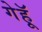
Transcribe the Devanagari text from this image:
गेहूॅ